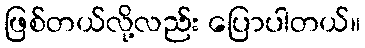
ဖြစ်တယ်လို့လည်း ပြောပါတယ်။